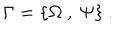
\Gamma = \{ \Omega ~ , ~ \Psi \} ~ .